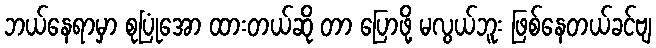
ဘယ်နေရာမှာ စုပြုံအော ထားတယ်ဆို တာ ပြောဖို့ မလွယ်ဘူး ဖြစ်နေတယ်ခင်ဗျ